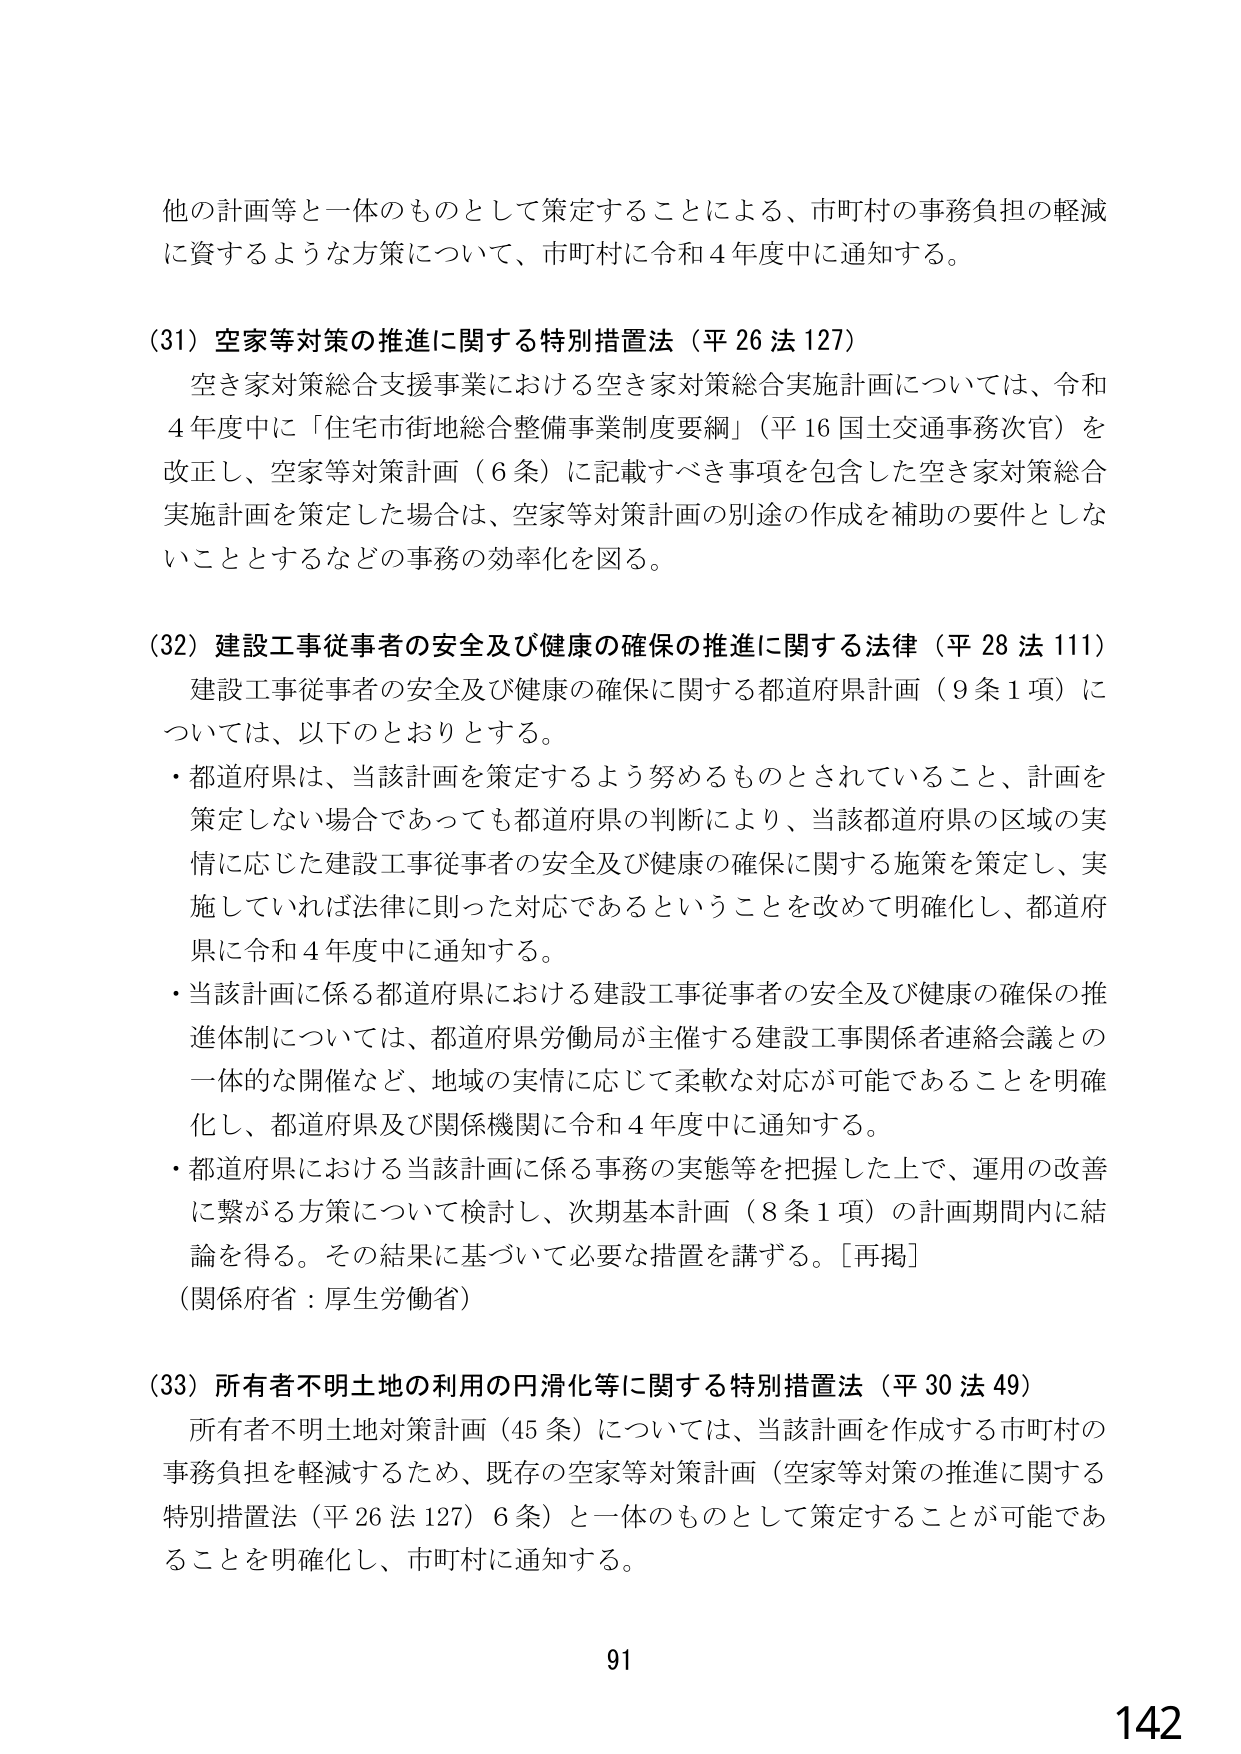
他の計画等と一体のものとして策定することによる、市町村の事務負担の軽減に資するような方策について、市町村に令和４年度中に通知する。

(31) 空家等対策の推進に関する特別措置法（平26法127）
空き家対策総合支援事業における空き家対策総合実施計画については、令和４年度中に「住宅市街地総合整備事業制度要綱」（平16国土交通事務次官）を改正し、空家等対策計画（6条）に記載すべき事項を包含した空き家対策総合実施計画を策定した場合は、空家等対策計画の別途の作成を補助の要件としないこととするなどの事務の効率化を図る。

(32) 建設工事従事者の安全及び健康の確保の推進に関する法律（平28法111）
建設工事従事者の安全及び健康の確保に関する都道府県計画（9条1項）については、以下のとおりとする。
・都道府県は、当該計画を策定するよう努めるものとされていること、計画を策定しない場合であっても都道府県の判断により、当該都道府県の区域の実情に応じた建設工事従事者の安全及び健康の確保に関する施策を策定し、実施していれば法律に則った対応であるということを改めて明確化し、都道府県に令和４年度中に通知する。
・当該計画に係る都道府県における建設工事従事者の安全及び健康の確保の推進体制については、都道府県労働局が主催する建設工事関係者連絡会議との一体的な開催など、地域の実情に応じて柔軟な対応が可能であることを明確化し、都道府県及び関係機関に令和４年度中に通知する。
・都道府県における当該計画に係る事務の実態等を把握した上で、運用の改善に繋がる方策について検討し、次期基本計画（8条1項）の計画期間内に結論を得る。その結果に基づいて必要な措置を講ずる。［再掲］
（関係府省：厚生労働省）

(33) 所有者不明土地の利用の円滑化等に関する特別措置法（平30法49）
所有者不明土地対策計画（45条）については、当該計画を作成する市町村の事務負担を軽減するため、既存の空家等対策計画（空家等対策の推進に関する特別措置法（平26法127）6条）と一体のものとして策定することが可能であることを明確化し、市町村に通知する。

91
142